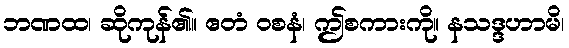
ဘဏထ၊ ဆိုကုန်၏။ ဧတံ ဝစနံ၊ ဤစကားကို။ နသဒ္ဒဟာမိ၊